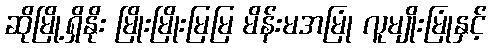
ဆိုမြို့ရှိနိုး မြိုးမြိုးမြမြ မိန်းမအမြုံ လူမျိုးမြုံနှင့်